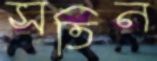
সতিন